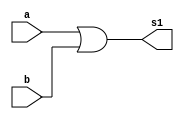
// ------------------------- 
// Exercicio0010 - OR 
// Nome: Fernando Silva
// ------------------------- 
// ------------------------- 
// -- or gate 
// -------------------------
module orgate1 (output s1,input a,input b);
assign s1 = a|b;
endmodule
module orgate ( output s, input s1,input c); 
assign s = s1|c ; 
endmodule // andgate
// --------------------- 
// -- test or gate 
// --------------------- 
module testorgate; 
// ------------------------- dados locais 
reg a, b, c; // definir registradores 
wire s,s1; // definir conexao (fio) 
// ------------------------- instancia 
orgate1 OR1 (s1, a, b); 
orgate OR2 (s,s1,c);
// ------------------------- preparacao 
initial begin:start 
// atribuicao simultanea 
// dos valores iniciais 
a=0; b=0;c=0 ;
end 
// ------------------------- parte principal 
initial begin 
$display("Exercicio0010 - Fernando Silva - 414506"); 
$display("Test NO gate"); 
$display("\na & b & c = s\n"); 
a=0; b=0;c=0;
$monitor("%b & %b & %b = %b", a, b, c, s); 
#1 a=0;b=0;c=1;
#1 a=0;b=1;c=0;
#1 a=0;b=1;c=1;
#1 a=1;b=0;c=0;
#1 a=1;b=0;c=1;
#1 a=1;b=1;c=0;
#1 a=1;b=1;c=1;
end 
endmodule // testnandgate